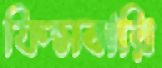
ফিন্সবারি